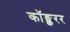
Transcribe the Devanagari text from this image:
कॉङ्क्वरर